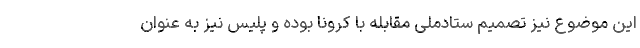
این موضوع نیز تصمیم ستادملی مقابله با کرونا بوده و پلیس نیز به عنوان